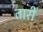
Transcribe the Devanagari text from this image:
तारीं